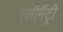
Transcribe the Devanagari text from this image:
एलीमैंट्री